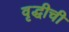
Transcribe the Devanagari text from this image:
वृद्धीची